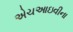
એચઆઇવીના